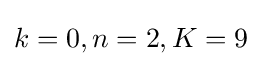
k=0,n=2,K=9